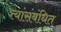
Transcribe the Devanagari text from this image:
त्यांसंबंधित